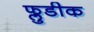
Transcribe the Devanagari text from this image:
फ्लुडीक